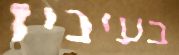
בעיניו